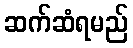
ဆက်ဆံရမည်